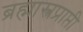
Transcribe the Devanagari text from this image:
ब्रह्मास्त्रप्राप्ती